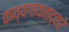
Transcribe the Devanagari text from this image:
काव्यगायनाद्वारे